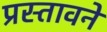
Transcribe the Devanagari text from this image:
प्रस्तावने